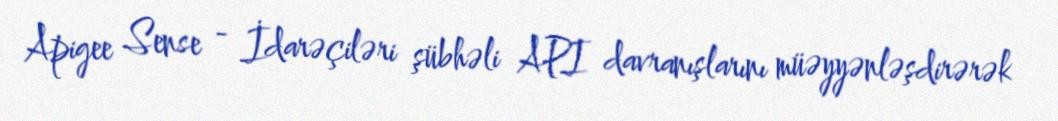
Apigee Sense - İdarəçiləri şübhəli API davranışlarını müəyyənləşdirərək